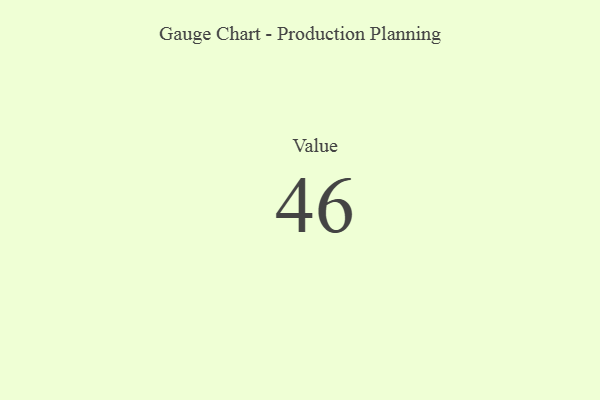
{"axis": {"x": "Metric", "y": "Value"}, "legend": [""], "data": [{"x": "Value", "y": 46, "type": ""}]}